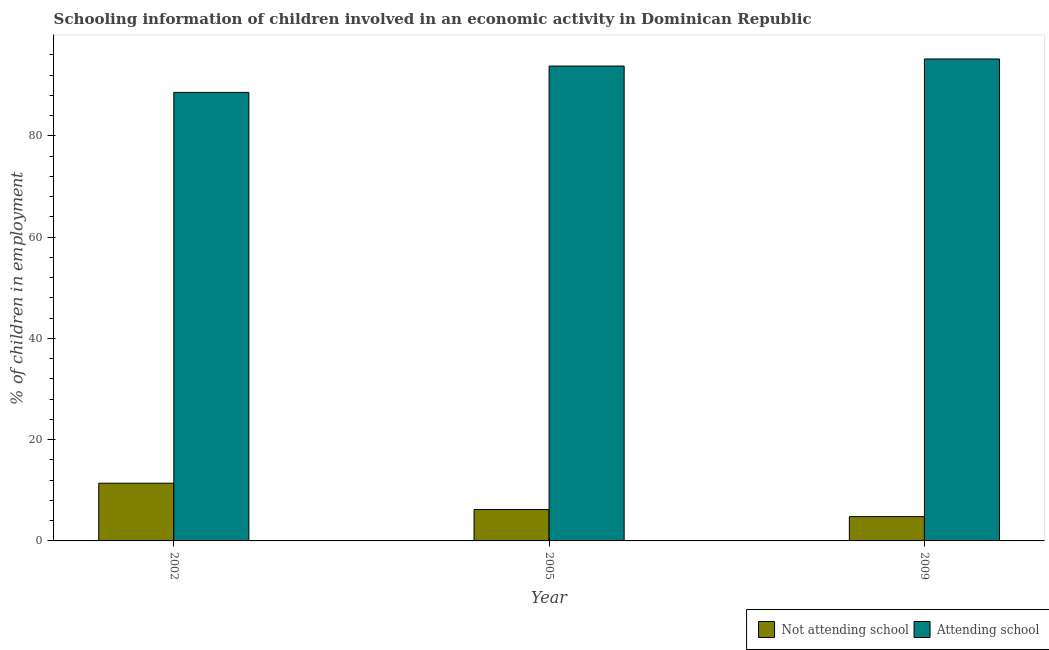
| Year | Not attending school | Attending school |
 | --- | --- | --- |
 | 2002 | 11.4 | 88.6 |
 | 2005 | 6.2 | 93.8 |
 | 2009 | 4.8 | 95.2 |